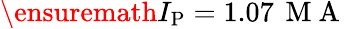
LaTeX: \ensuremath{I_{\mathrm{P}}}=1.07\, \mathrm{~M~A~}